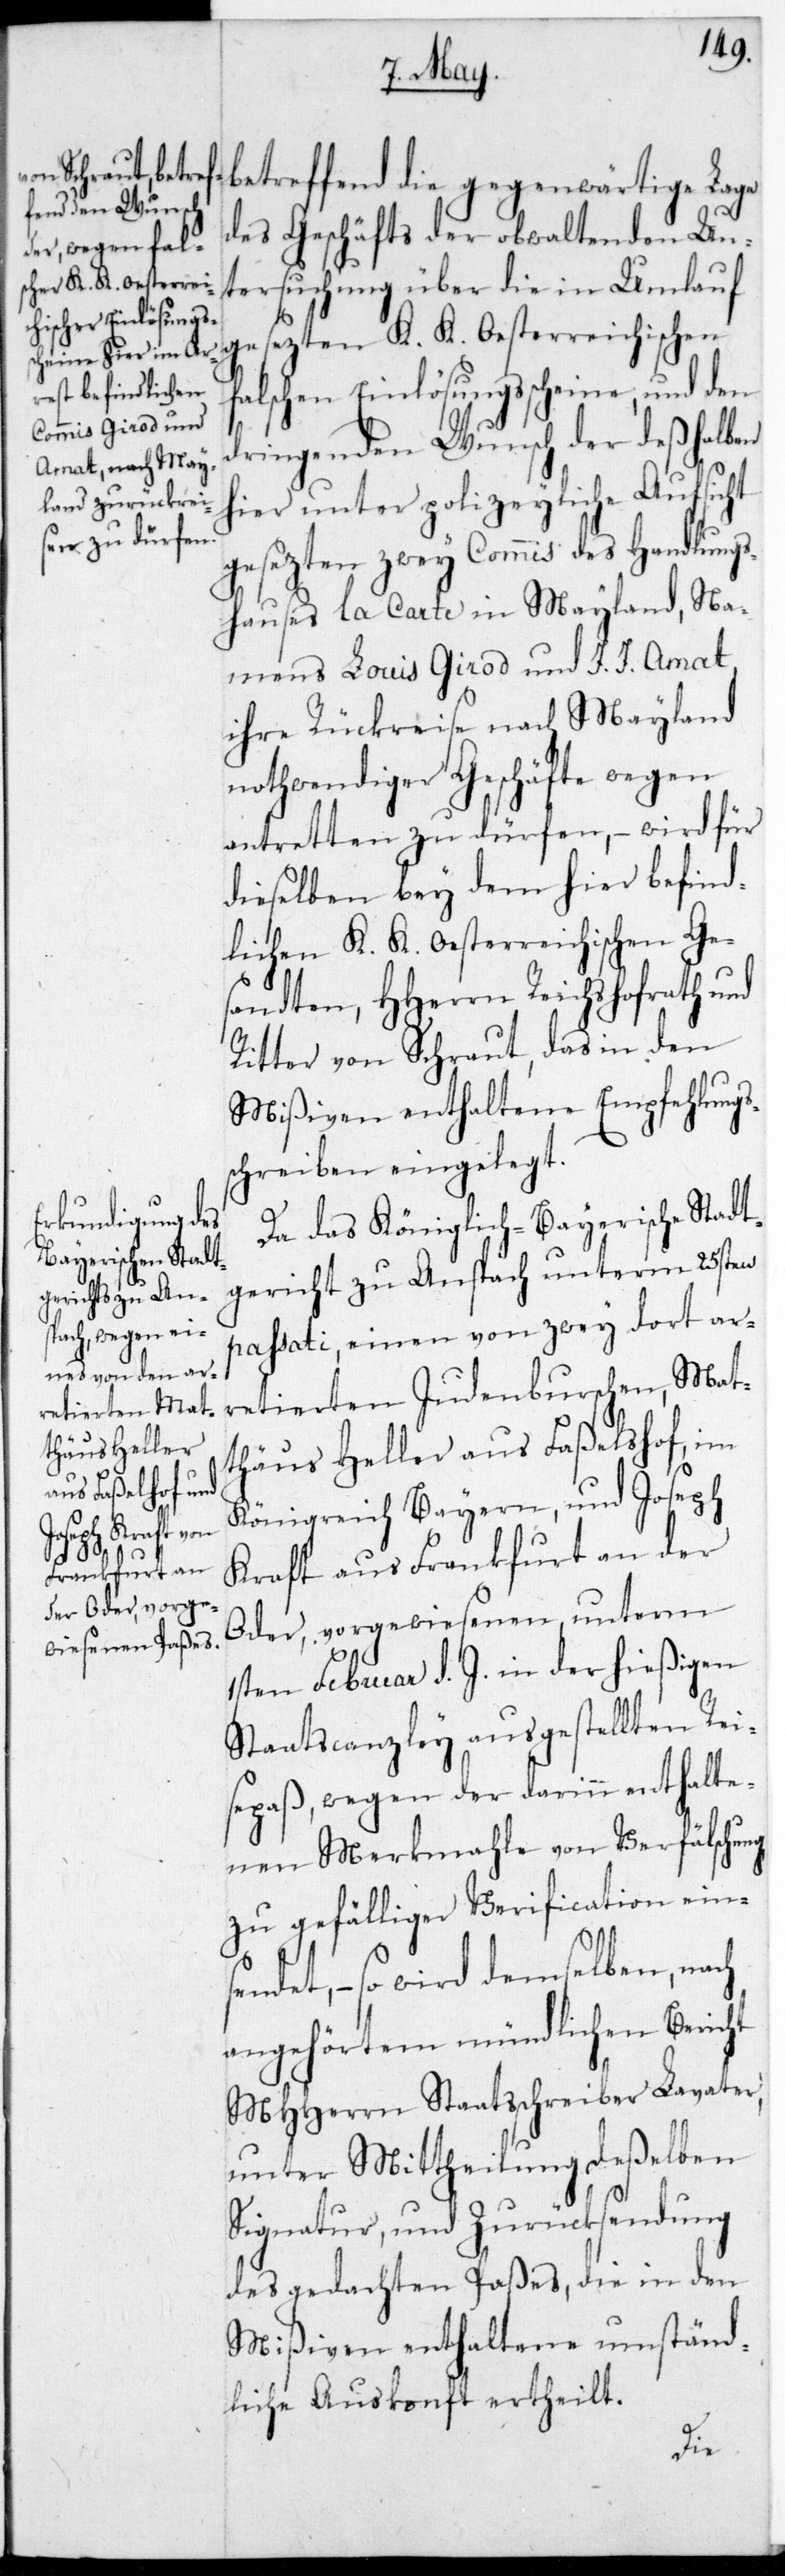
betreffend die gegenwärtige Lage
des Geschäfts der obwaltenden Unt¬
ersuchung über die in Umlauf
gesezten K. K. Oesterreichischen
falschen Einlösungsscheine, und den
dringenden Wunsch der deshalben
hier unter polizeyliche Aufsicht
gesezten zwey Commis des Handlungs¬
hauses la Carte in Mayland, na¬
mens Louis Girod und J. J. Amat,
ihre Rückreise nach Mayland
nothwendiger Geschäfte wegen
antretten zu dürfen, – wird für
dieselben bey dem hier befind¬
lichen K. K. Oesterreichischen Ge¬
sandten HHerrn Reichshofrath und
Ritter von Schraut, das in den
Mißiven enthaltene Empfehlungs¬
schreiben eingelegt.
Da das Königlich-Bayerische Stadt¬
gericht zu Ansbach unterm 25sten
passati einen von zwey dort ar¬
retierten Judenburschen, Mat¬
thäus Heller aus Faßelhof im
Königreich Bayern, und Joseph
Kraft aus Frankfurt an der
Oder, vorgewiesenen, unterm
1sten Februar d. J. in der hießigen
Staatscanzley ausgestellten Rei¬
sepaß, wegen der darinn enthalte¬
nen Merkmale von Verfälschung
zu gefälliger Verification eins¬
endet, – so wird demselben nach
angehörtem mündlichen Bericht
MHHerrn Staatsschreiber Lavater,
unter Mittheilung deßelben
Signatur, und Zurücksendung
des gedachten Paßes, die in den
Mißiven enthaltene umständ¬
liche Auskonft ertheilt.